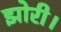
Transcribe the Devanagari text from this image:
झोरी।